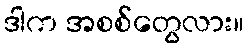
ဒါက အစစ်တွေလား။